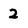
Character: 2